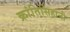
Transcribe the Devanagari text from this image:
क्रांतिसिंहांनी